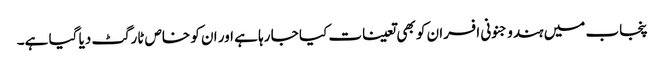
پنجاب میں ہندو جنونی افسران کو بھی تعینات کیا جا رہا ہے اور ان کو خاص ٹارگٹ دیا گیا ہے۔